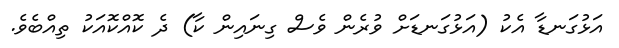
އަޅުގަނޑާ އެކު (އަޅުގަނޑަށް ވުރެން ވެސް ގިނައިން ކާ) ދެ ކޮއްކޮއަކު ތިއްބެވެ.